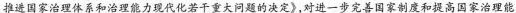
推进国家治理体系和治理能力现代化若干重大问题的决定》，对进一步完善国家制度和提高国家治理能